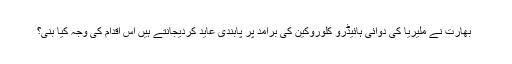
﻿ بھارت نے ملیریا کی دوائی ہائیڈرو کلوروکین کی برآمد پر پابندی عاید کردیجانتے ہیں اس اقدام کی وجہ کیا بنی؟